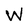
Character: W